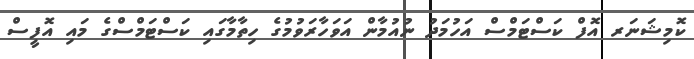
ކޮމިޝަނަރ އޮފް ކަސްޓަމްސް އަހުމަދު ނުއުމާން އަވަހާރަވުމުގެ ހިތާމާގައި ކަސްޓަމްސްގެ މައި އޮފީސް